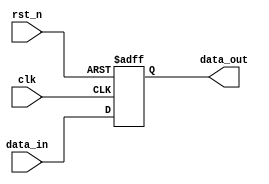
module reset_example (
    input wire clk,           // Clock signal
    input wire rst_n,        // Active-low reset signal
    input wire [7:0] data_in, // Example input data
    output reg [7:0] data_out // Example output data
);

    // State definition
    reg [3:0] state; // Example state register

    // Initial state (for simulation)
    initial begin
        data_out = 8'b0; // Initialize output data
        state = 4'b0;    // Initialize state
    end

    // Asynchronous reset behavior
    always @(posedge clk or negedge rst_n) begin
        if (!rst_n) begin
            // Reset condition
            data_out <= 8'b0; // Clear output data
            state <= 4'b0;    // Reset state to initial value
        end else begin
            // Normal operation (example behavior)
            // Here you can define the behavior of your system when not in reset
            data_out <= data_in; // Pass input data to output
            // Update state based on some conditions (example)
            state <= state + 1; // Increment state
        end
    end

    // Timing considerations (not implemented in code)
    // Ensure that the reset signal is stable and meets timing requirements.

endmodule